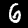
Label: 6